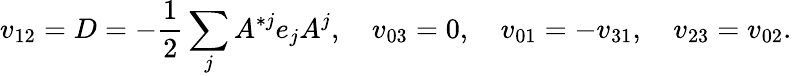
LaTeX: v_{12}=D=-{\frac{1}{2}}\sum_{j}A^{*j}e_{j}A^{j},\quad v_{03}=0,\quad v_{01}=-v_{31},\quad v_{23}=v_{02}.